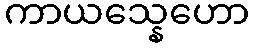
ကာယသ္နေဟော